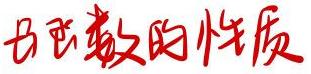
奇函数的性质